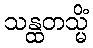
သန္ထတသ္မိံ